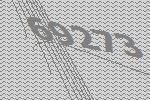
69273